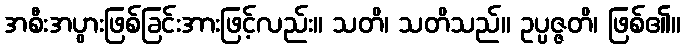
အစီးအပွားဖြစ်ခြင်းအားဖြင့်လည်း။ သတိ၊ သတိသည်။ ဥပ္ပဇ္ဇတိ၊ ဖြစ်၏။